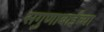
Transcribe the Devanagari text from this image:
सगुणाबाईंच्या